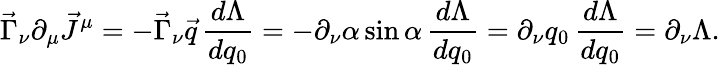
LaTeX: \vec{\Gamma}_{\nu}\partial_{\mu}\vec{J}^{\mu}=-\vec{\Gamma}_{\nu}\vec{q}\, \frac{d\Lambda}{dq_{0}}=-\partial_{\nu}\alpha\sin\alpha\, \frac{d\Lambda}{dq_{0}}=\partial_{\nu}q_{0}\, \frac{d\Lambda}{dq_{0}}=\partial_{\nu}\Lambda.